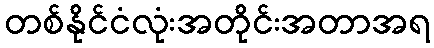
တစ်နိုင်ငံလုံးအတိုင်းအတာအရ